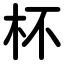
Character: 杯